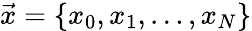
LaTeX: \vec{x}=\left\{ x_{0},x_{1},\ldots,x_{N}\right\}